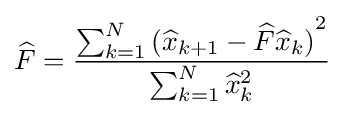
{\widehat {F}}={\frac {\sum _{k=1}^{N}{({\widehat {x}}_{k+1}-{\widehat {F}}{\widehat {x}}_{k})}^{2}}{\sum _{k=1}^{N}{\widehat {x}}_{k}^{2}}}